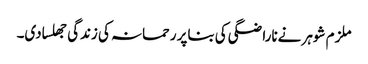
ملزم شوہر نےناراضگی کی بناپر رحمانہ کی زندگی جھلسادی۔